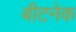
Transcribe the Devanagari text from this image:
बीटनेक